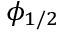
\phi _ { 1 / 2 }